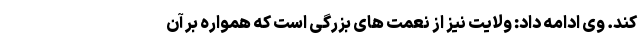
کند. وی ادامه داد: ولایت نیز از نعمت های بزرگی است که همواره بر آن